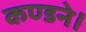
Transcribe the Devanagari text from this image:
कण्डने।